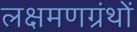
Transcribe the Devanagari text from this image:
लक्षमणग्रंथों